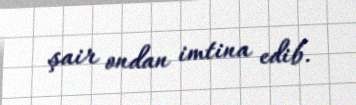
şair ondan imtina edib.